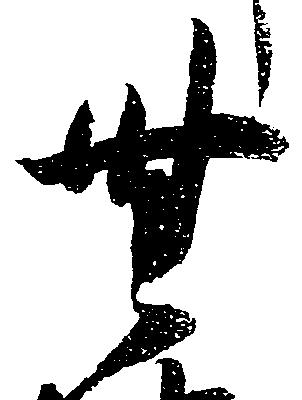
無